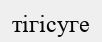
тігісуге